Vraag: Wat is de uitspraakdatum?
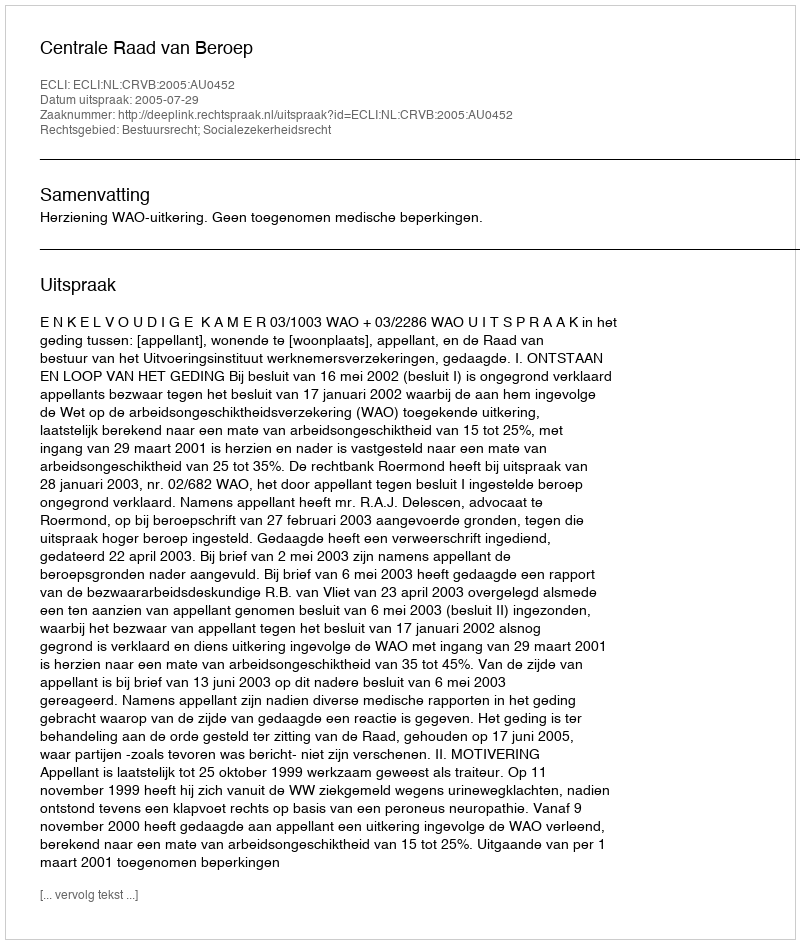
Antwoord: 2005-07-29